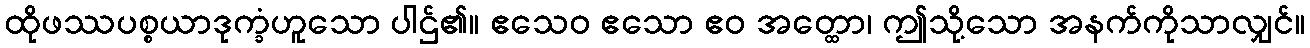
ထိုဖဿပစ္စယာဒုက္ခံဟူသော ပါဌ်၏။ ဧသေဝ ဧသော ဧဝ အတ္ထော၊ ဤသို့သော အနက်ကိုသာလျှင်။